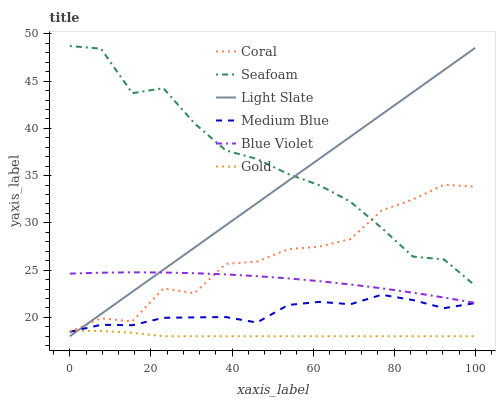
| xaxis_label | Coral | Seafoam | Light Slate | Medium Blue | Blue Violet | Gold |
 | --- | --- | --- | --- | --- | --- | --- |
 | 0 | 18.5 | 48.7 | 18 | 18.5 | 24.6 | 18.6 |
 | 7.69 | 19.9 | 48.4 | 20.3 | 19.2 | 24.7 | 18.6 |
 | 15.4 | 19.6 | 43.7 | 22.7 | 19.2 | 24.8 | 18.4 |
 | 23.1 | 23.1 | 44.3 | 25 | 19.9 | 24.7 | 18 |
 | 30.8 | 22.6 | 40.5 | 27.4 | 20 | 24.7 | 18 |
 | 38.5 | 25.7 | 37.7 | 29.7 | 20 | 24.5 | 18 |
 | 46.2 | 25.9 | 36.8 | 32.1 | 19.5 | 24.4 | 18 |
 | 53.8 | 27.2 | 35.2 | 34.4 | 21.3 | 24.1 | 18 |
 | 61.5 | 27.5 | 34 | 36.8 | 21.6 | 23.8 | 18 |
 | 69.2 | 28.3 | 32.2 | 39.1 | 21.4 | 23.5 | 18 |
 | 76.9 | 31.3 | 29.5 | 41.5 | 22.4 | 23.1 | 18 |
 | 84.6 | 32.5 | 26.4 | 43.8 | 21.8 | 22.6 | 18 |
 | 92.3 | 34 | 26.1 | 46.2 | 21 | 22.1 | 18 |
 | 100 | 33.8 | 23.3 | 48.5 | 21.5 | 21.5 | 18 |